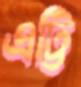
এট্টি